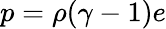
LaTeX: p=\rho(\gamma-1)e